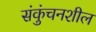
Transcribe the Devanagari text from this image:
संकुंचनशील